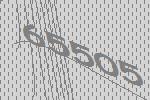
65505